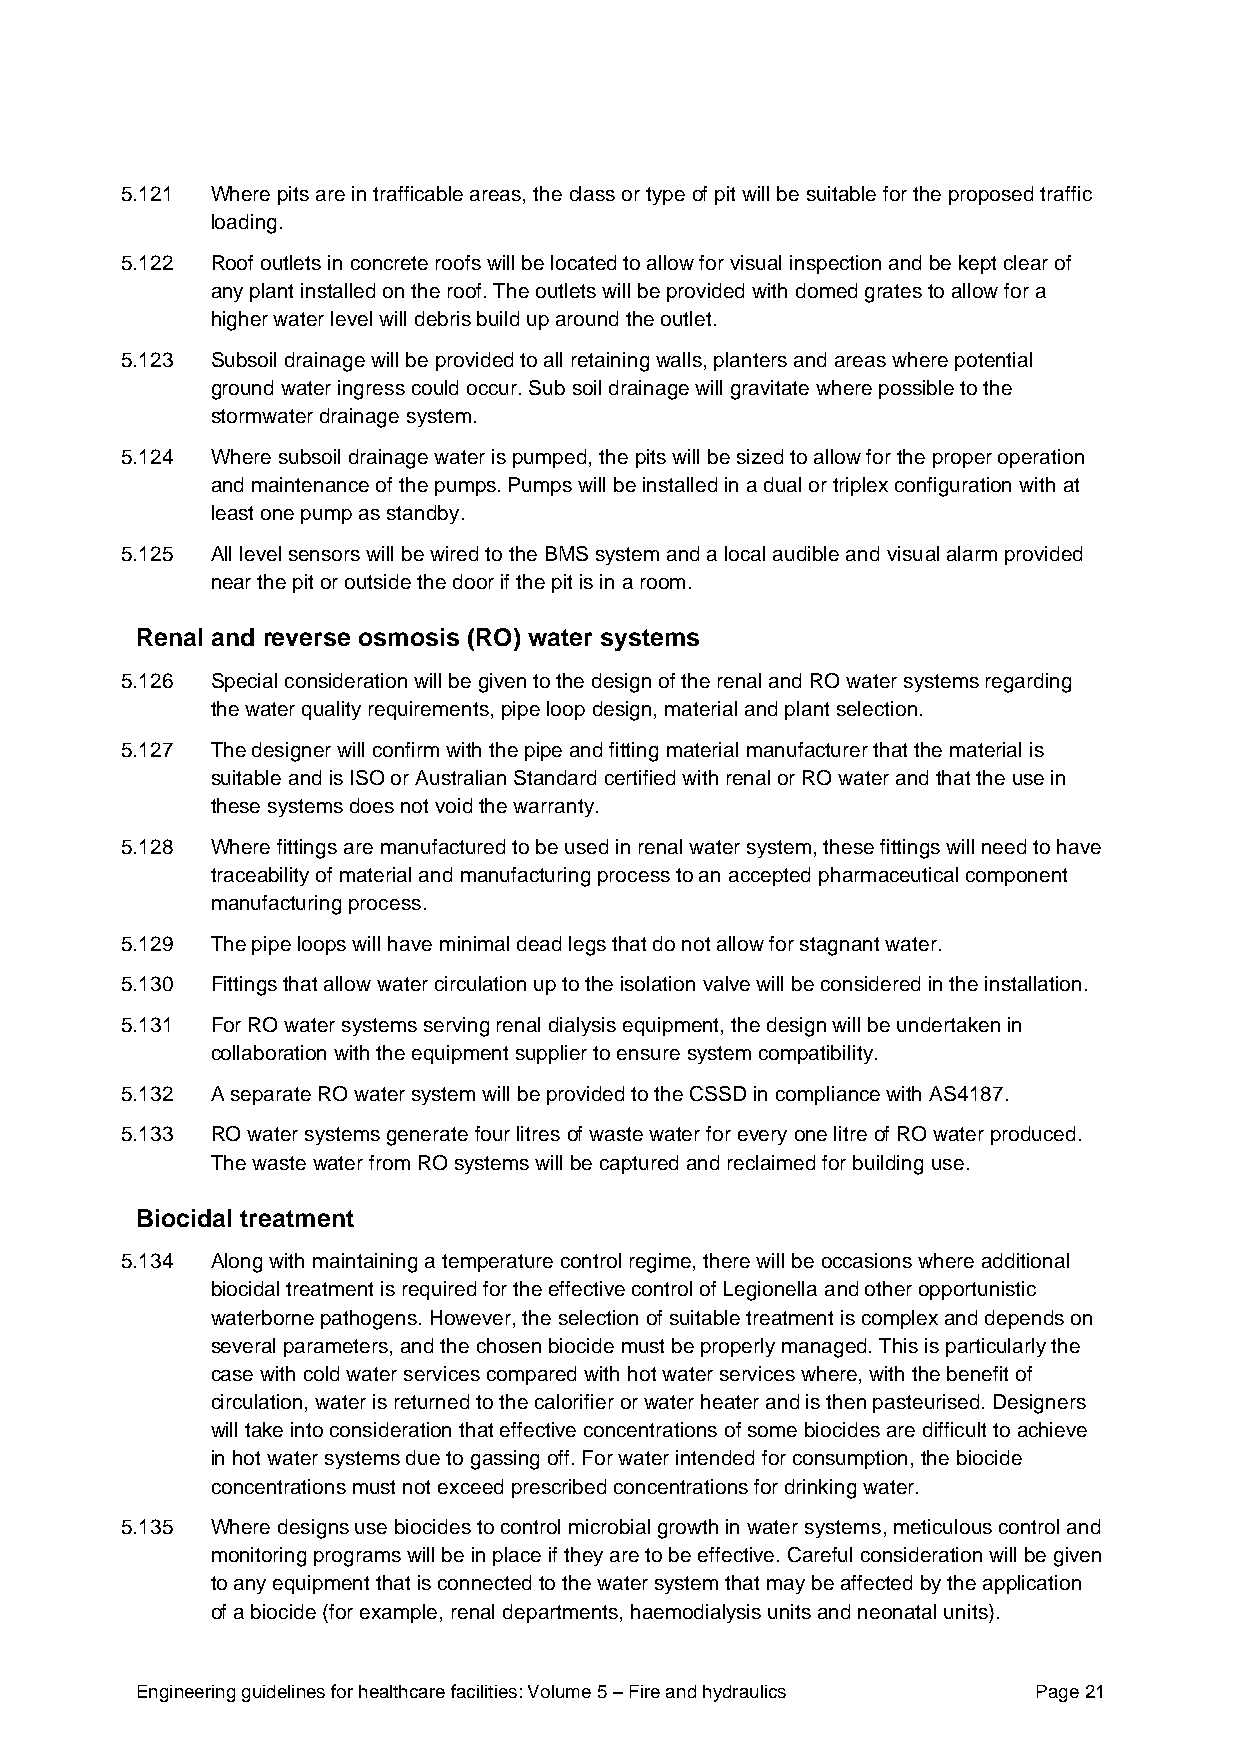
5.121 Where pits are in trafficable areas, the class or type of pit will be suitable for the proposed traffic
 loading.
 5.122 Roof outlets in concrete roofs will be located to allow for visual inspection and be kept clear of
 any plant installed on the roof. The outlets will be provided with domed grates to allow for a
 higher water level will debris build up around the outlet.
 5.123 Subsoil drainage will be provided to all retaining walls, planters and areas where potential
 ground water ingress could occur. Sub soil drainage will gravitate where possible to the
 stormwater drainage system.
 5.124 Where subsoil drainage water is pumped, the pits will be sized to allow for the proper operation
 and maintenance of the pumps. Pumps will be installed in a dual or triplex configuration with at
 least one pump as standby.
 5.125 All level sensors will be wired to the BMS system and a local audible and visual alarm provided
 near the pit or outside the door if the pit is in a room.
 Renal and reverse osmosis (RO) water systems
 5.126 Special consideration will be given to the design of the renal and RO water systems regarding
 the water quality requirements, pipe loop design, material and plant selection.
 5.127 The designer will confirm with the pipe and fitting material manufacturer that the material is
 suitable and is ISO or Australian Standard certified with renal or RO water and that the use in
 these systems does not void the warranty.
 5.128 Where fittings are manufactured to be used in renal water system, these fittings will need to have
 traceability of material and manufacturing process to an accepted pharmaceutical component
 manufacturing process.
 5.129 The pipe loops will have minimal dead legs that do not allow for stagnant water.
 5.130 Fittings that allow water circulation up to the isolation valve will be considered in the installation.
 5.131 For RO water systems serving renal dialysis equipment, the design will be undertaken in
 collaboration with the equipment supplier to ensure system compatibility.
 5.132 A separate RO water system will be provided to the CSSD in compliance with AS4187.
 5.133 RO water systems generate four litres of waste water for every one litre of RO water produced.
 The waste water from RO systems will be captured and reclaimed for building use.
 Biocidal treatment
 5.134 Along with maintaining a temperature control regime, there will be occasions where additional
 biocidal treatment is required for the effective control of Legionella and other opportunistic
 waterborne pathogens. However, the selection of suitable treatment is complex and depends on
 several parameters, and the chosen biocide must be properly managed. This is particularly the
 case with cold water services compared with hot water services where, with the benefit of
 circulation, water is returned to the calorifier or water heater and is then pasteurised. Designers
 will take into consideration that effective concentrations of some biocides are difficult to achieve
 in hot water systems due to gassing off. For water intended for consumption, the biocide
 concentrations must not exceed prescribed concentrations for drinking water.
 5.135 Where designs use biocides to control microbial growth in water systems, meticulous control and
 monitoring programs will be in place if they are to be effective. Careful consideration will be given
 to any equipment that is connected to the water system that may be affected by the application
 of a biocide (for example, renal departments, haemodialysis units and neonatal units).
 Engineering guidelines for healthcare facilities: Volume 5 – Fire and hydraulics Page 21